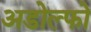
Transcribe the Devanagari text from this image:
अडोल्फो